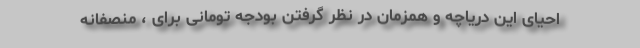
احیای این دریاچه و همزمان در نظر گرفتن بودجه تومانی برای ، منصفانه